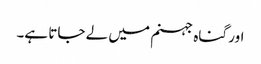
اور گناہ جہنم میں لے جاتا ہے۔